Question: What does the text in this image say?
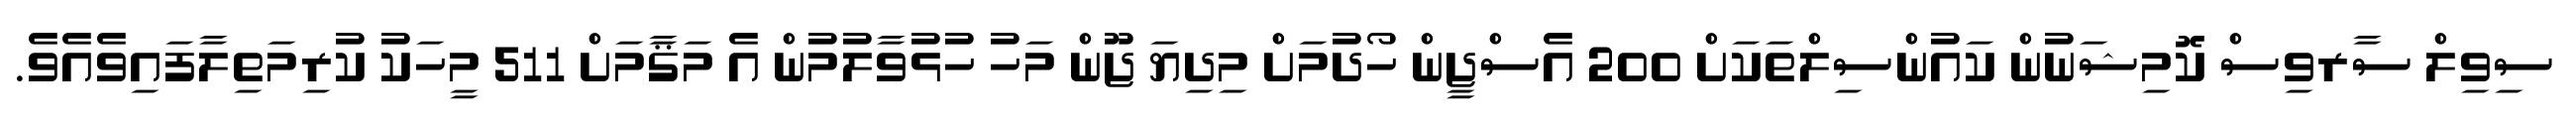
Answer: ސިވިލް ސާރވިސް ކޮމިޝަނުން ކައުންސިލްތަކަށް 200 އެސްޖީން ހޯދުމަށް މިދިޔަ ޖޫން މަހު ހުޅުވާލުމުން އެ މަޤާމަށް 511 މީހަކު ކުރިމަތިލާފައިވެއެވެ.